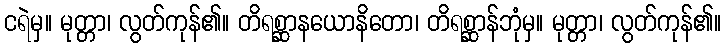
ငရဲမှ။ မုတ္တာ၊ လွတ်ကုန်၏။ တိရစ္ဆာနယောနိတော၊ တိရစ္ဆာန်ဘုံမှ။ မုတ္တာ၊ လွတ်ကုန်၏။